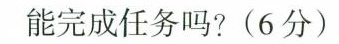
能完成任务吗?(6分)